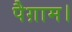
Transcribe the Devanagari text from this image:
पैग़ाम।